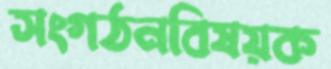
সংগঠনবিষয়ক